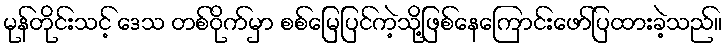
မုန်တိုင်းသင့် ဒေသ တစ်ဝိုက်မှာ စစ်မြေပြင်ကဲ့သို့ဖြစ်နေကြောင်းဖော်ပြထားခဲ့သည်။